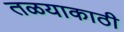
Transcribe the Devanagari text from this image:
तळयाकाठी